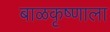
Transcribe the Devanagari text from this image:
बाळकृष्णाला